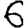
Digit: 6